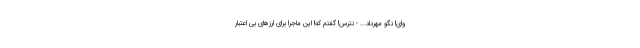
وای! نگو مهرداد... - نترس! گفتم که! این ماجرا برای ارزهای بی اعتبار